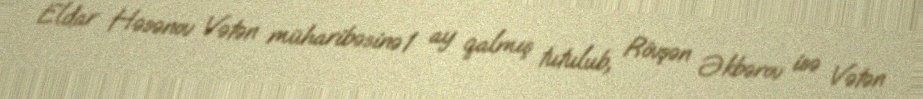
Eldar Həsənov Vətən müharibəsinə 1 ay qalmış tutulub, Rövşən Əkbərov isə Vətən